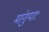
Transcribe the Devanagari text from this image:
मांगुयाः